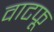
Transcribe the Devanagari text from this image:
वाटफू